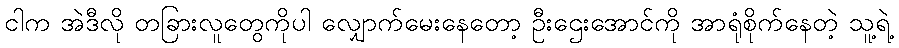
ငါက အဲဒီလို တခြားလူတွေကိုပါ လျှောက်မေးနေတော့ ဦးဌေးအောင်ကို အာရုံစိုက်နေတဲ့ သူ့ရဲ့